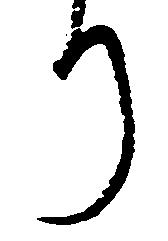
り